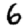
Digit: 6